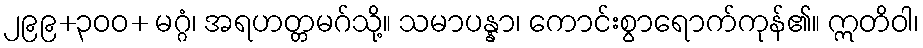
၂၉၉+၃၀၀+ မဂ္ဂံ၊ အရဟတ္တမဂ်သို့။ သမာပန္နာ၊ ကောင်းစွာရောက်ကုန်၏။ ဣတိဝါ၊